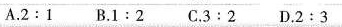
A.2:1B.1:2C.3:2D.2:3